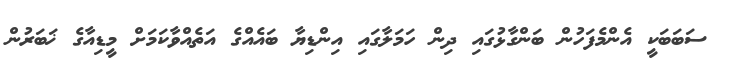
ސަބަބަކީ އެންމެފަހުން ބަންގާޅުގައި ދިން ހަމަލާގައި އިންޑިޔާ ބައެއްގެ އަތެއްވާކަމަށް މީޑިއާގެ ޚަބަރުން